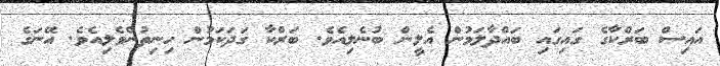
އައިސް ބަރްކާގެ ގައިގައި ބައްދާލަމުން އެލީން ބުނެލިއެވެ. ބަރްކާ ގަދަކަމުން ހިނިތުންވެލިއެވެ. އޭނަގެ